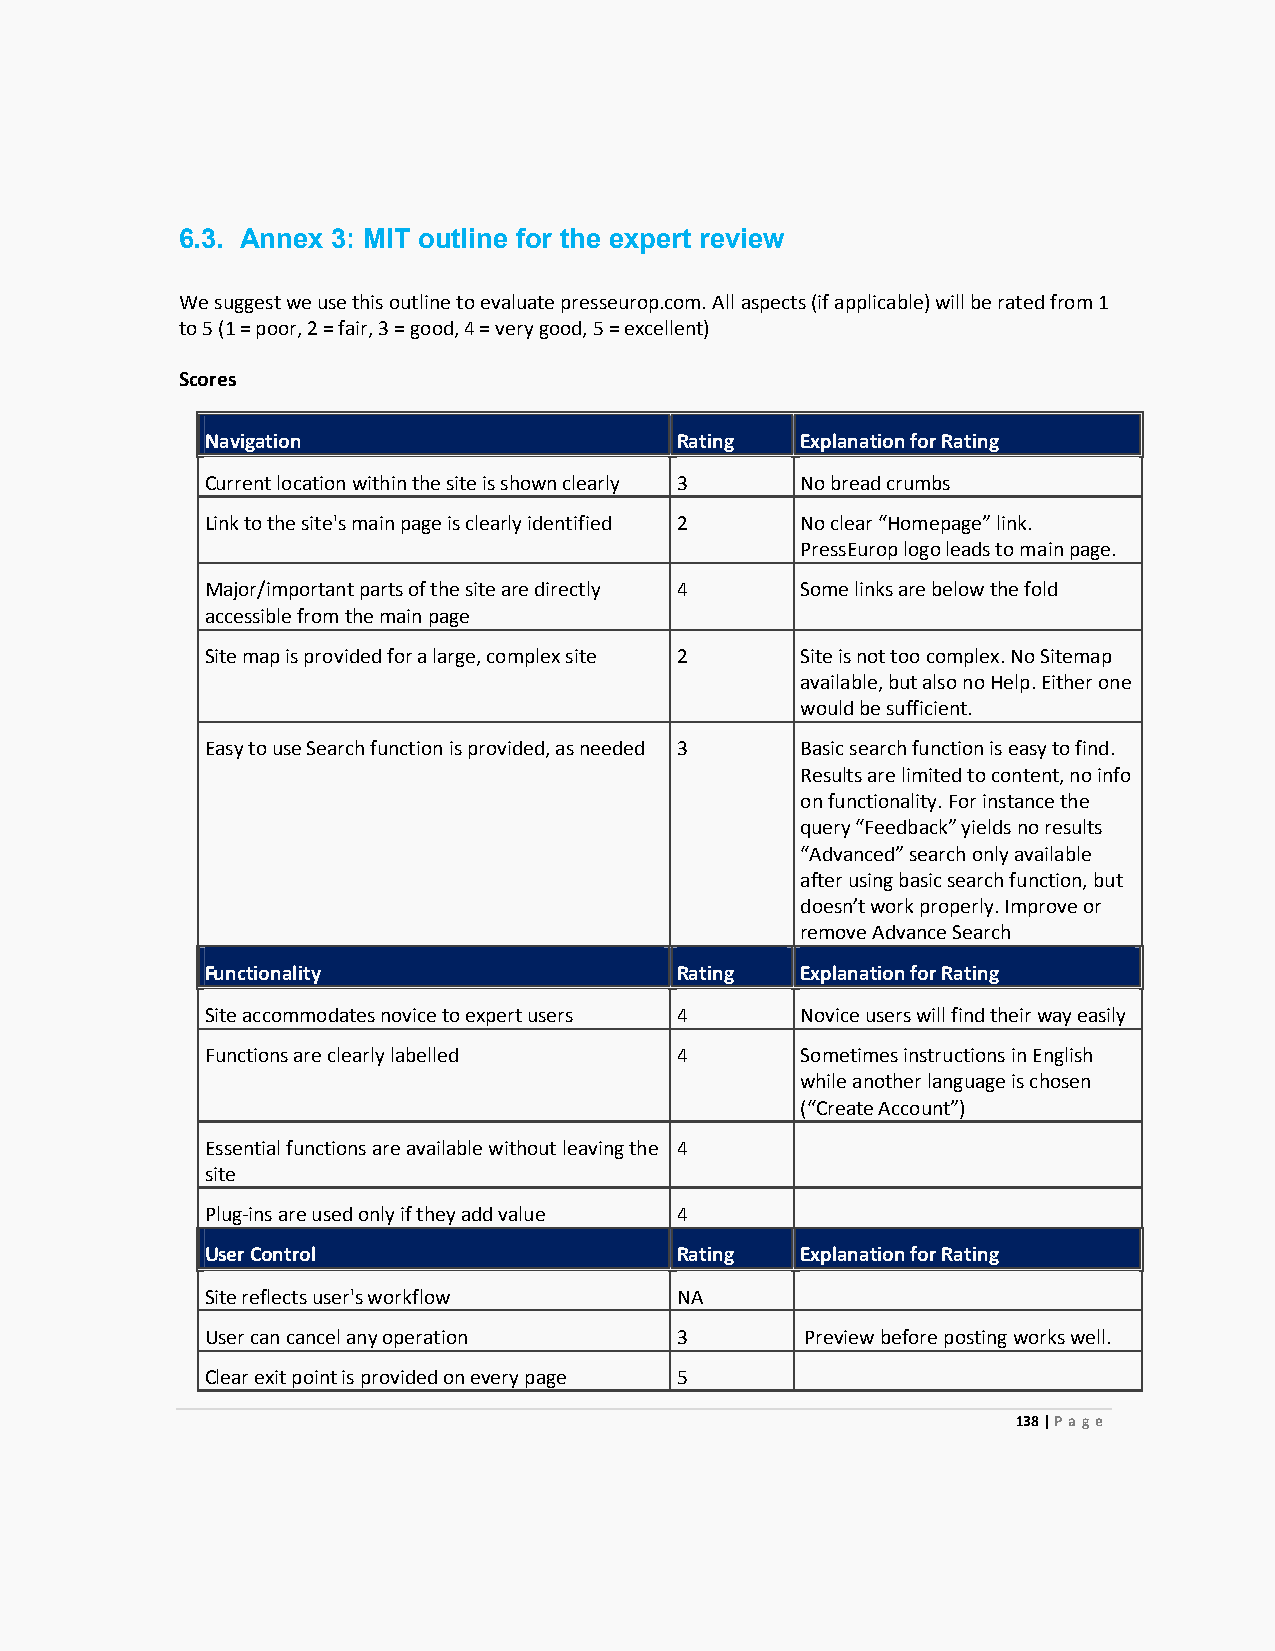
6.3. Annex 3: MIT outline for the expert review
 We suggest we use this outline to evaluate presseurop.com. All aspects (if applicable) will be rated from 1
 to 5 (1 = poor, 2 = fair, 3 = good, 4 = very good, 5 = excellent)
 Scores
 Navigation                     Rating  Explanation for Rating
 Current location within the site is shown clearly 3 No bread crumbs
 Link to the site's main page is clearly identified 2 No clear “Homepage” link.
 PressEurop logo leads to main page.
 Major/important parts of the site are directly 4 Some links are below the fold
 accessible from the main page
 Site map is provided for a large, complex site 2 Site is not too complex. No Sitemap
 available, but also no Help. Either one
 would be sufficient.
 Easy to use Search function is provided, as needed 3 Basic search function is easy to find.
 Results are limited to content, no info
 on functionality. For instance the
 query “Feedback” yields no results
 “Advanced” search only available
 after using basic search function, but
 doesn’t work properly. Improve or
 remove Advance Search
 Functionality                  Rating  Explanation for Rating
 Site accommodates novice to expert users 4 Novice users will find their way easily
 Functions are clearly labelled 4       Sometimes instructions in English
 while another language is chosen
 (“Create Account”)
 Essential functions are available without leaving the 4
 site
 Plug-ins are used only if they add value 4
 User Control                   Rating  Explanation for Rating
 Site reflects user's workflow  NA
 User can cancel any operation  3       Preview before posting works well.
 Clear exit point is provided on every page 5
 138 | Page